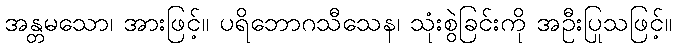
အန္တမသော၊ အားဖြင့်။ ပရိဘောဂသီသေန၊ သုံးစွဲခြင်းကို အဦးပြုသဖြင့်။